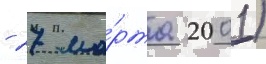
- 27 ма́рта 2001)